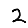
Digit: 2